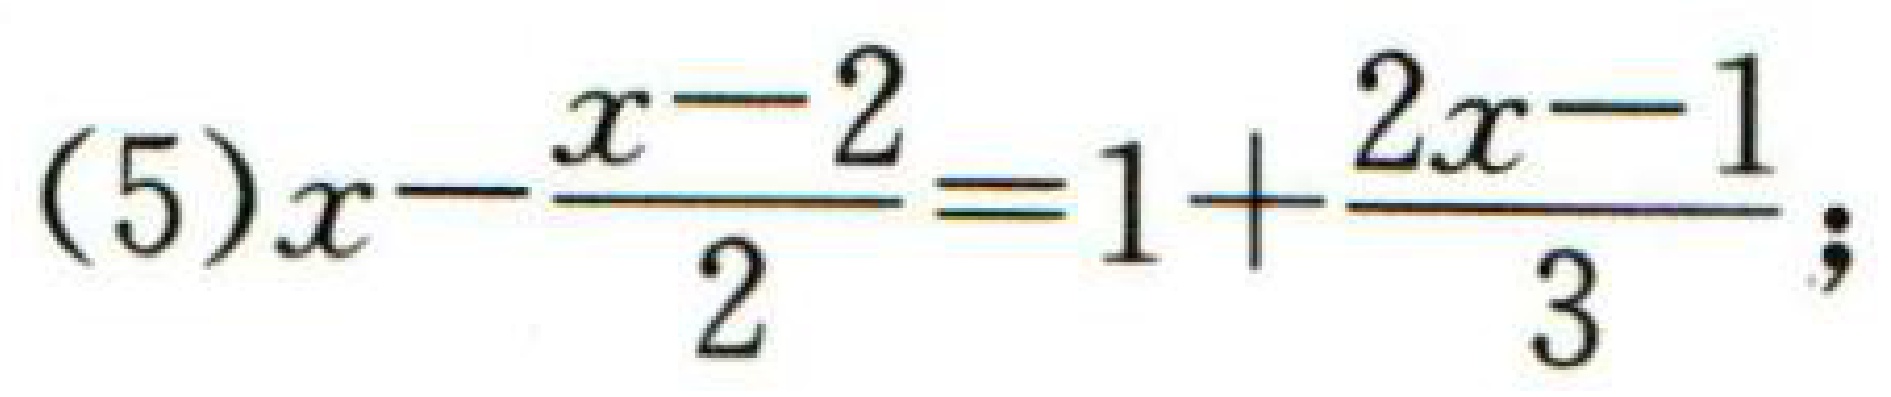
(5)$x - \frac{x - 2}{2} = 1 + \frac{2x - 1}{3}$;